Civil Veterinary Dept. Bombay admin report 1914-1922 - 1914-1922
Year: 1914
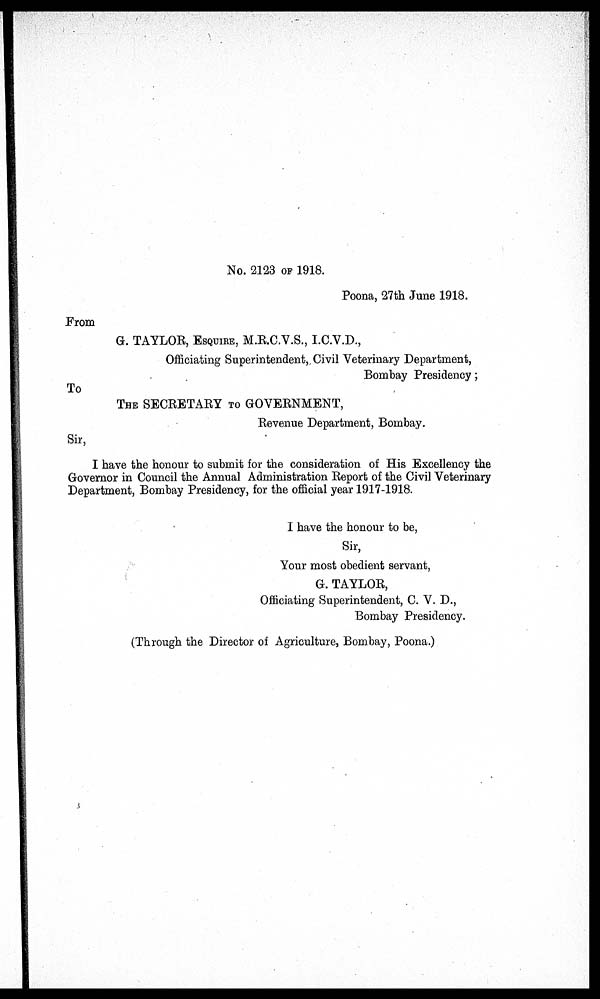
No. 2123 OF 1918.
Poona, 27th June 1918.
From
G. TAYLOR, ESQUIRE, M.R.C.V.S., I.C.V.D.,
Officiating Superintendent, Civil Veterinary Department,
Bombay Presidency;
To
THE SECRETARY TO GOVERNMENT,
Revenue Department, Bombay.
Sir,
I have the honour to submit for the consideration of His Excellency the
Governor in Council the Annual Administration Report of the Civil Veterinary
Department, Bombay Presidency, for the official year 1917-1918.
I have the honour to be,
Sir,
Your most obedient servant,
G. TAYLOR,
Officiating Superintendent, C. V. D.,
Bombay Presidency.
(Through the Director of Agriculture, Bombay, Poona.)